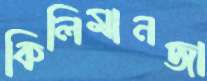
কিলিমানজা